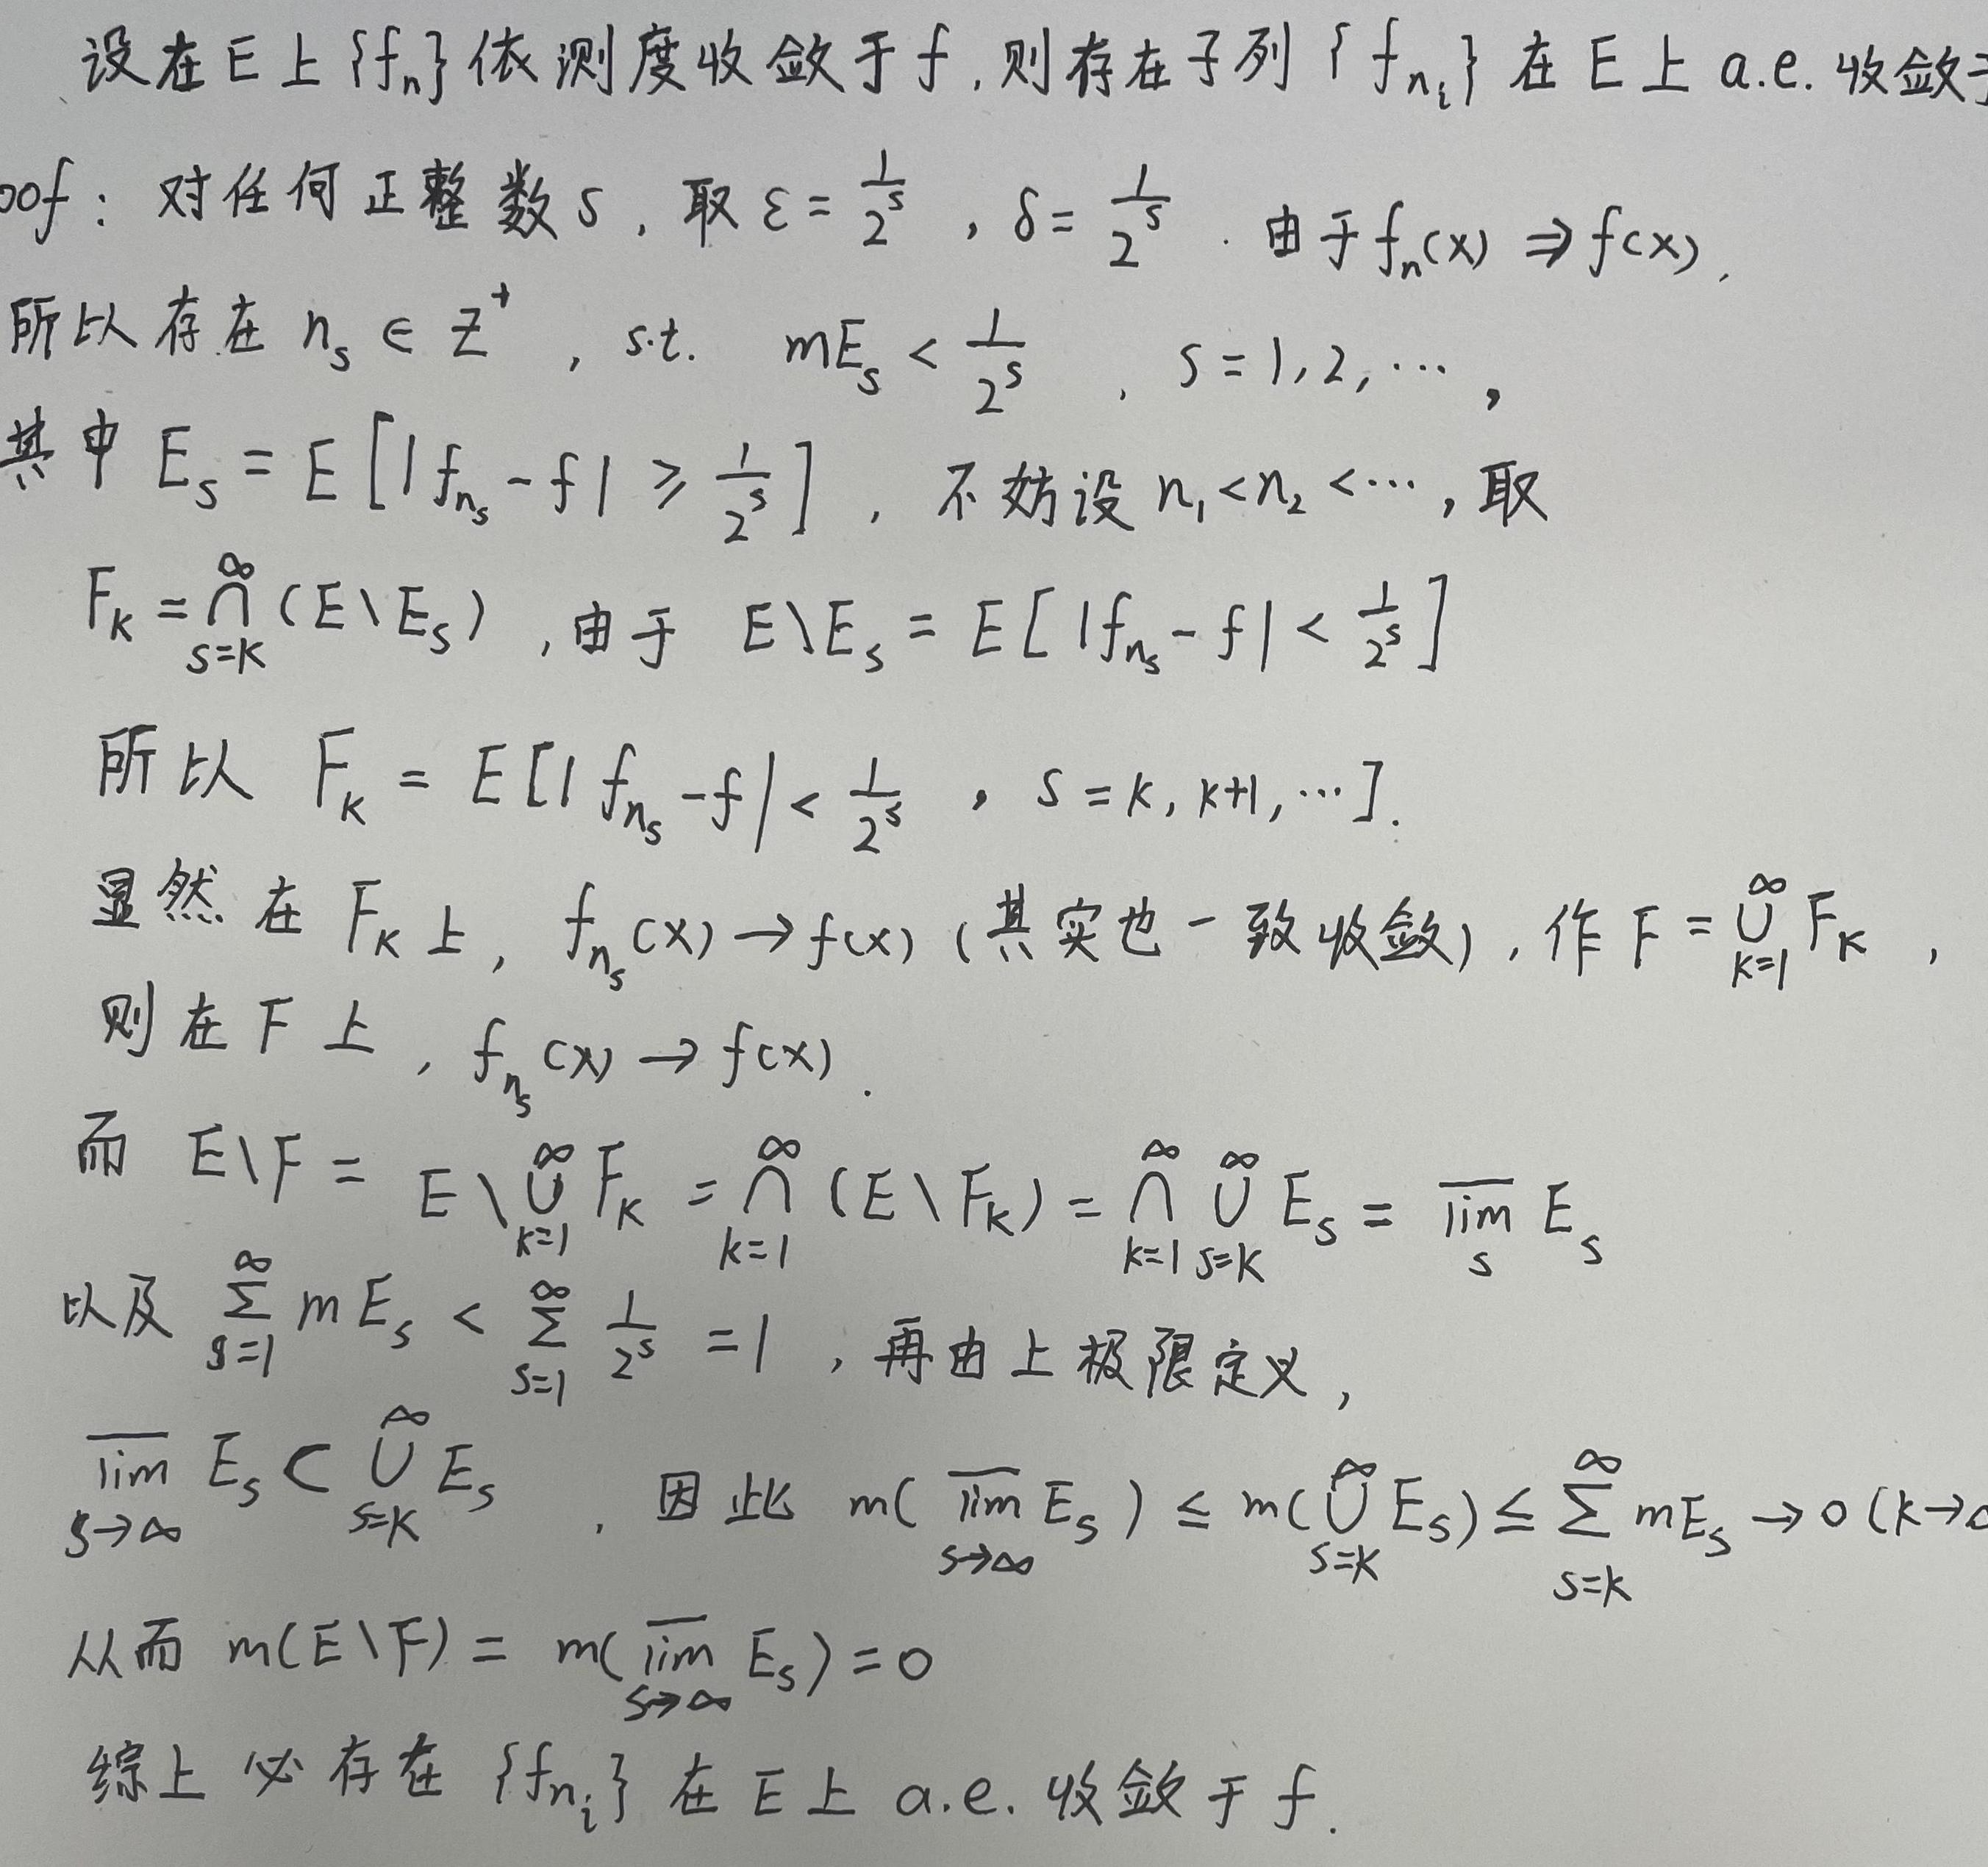
设在上$\{f_n\}$依测度收敛于$f$, 则存在子列$\{f_{n_i}\}$在上a.e.收敛于$f$.

**Proof**: 对任何正整数$s$, 取$\varepsilon = \frac{1}{2^s}$, $\delta=\frac{1}{2^s}$. 由于$f_n(x)\overset{\mu}{\to}f(x)$, 所以存在$n_s\in\mathbb{Z}^+$, s.t. $mE_s<\frac{1}{2^s}$, $s = 1,2,\cdots$, 其中$E_s = E\left[|f_{n_s}-f|\geqslant\frac{1}{2^s}\right]$, 不妨设$n_1 < n_2<\cdots$, 取

$F_k=\bigcap_{s = k}^{\infty}(E\setminus E_s)$, 由于$E\setminus E_s=E\left[|f_{n_s}-f|<\frac{1}{2^s}\right]$

所以$F_k = E\left[|f_{n_s}-f|<\frac{1}{2^s},s = k,k + 1,\cdots\right]$.

显然在$F_k$上, $f_{n_s}(x)\to f(x)$ (其实也一致收敛), 作$F=\bigcup_{k = 1}^{\infty}F_k$, 则在$F$上, $f_{n_s}(x)\to f(x)$.

而$E\setminus F=E\setminus\bigcup_{k = 1}^{\infty}F_k=\bigcap_{k = 1}^{\infty}(E\setminus F_k)=\bigcap_{k = 1}^{\infty}\bigcup_{s = k}^{\infty}E_s=\varlimsup_{s}E_s$

以及$\sum_{s = 1}^{\infty}mE_s<\sum_{s = 1}^{\infty}\frac{1}{2^s}=1$, 再由上极限定义,

$\varlimsup_{s\to\infty}E_s\subset\bigcup_{s = k}^{\infty}E_s$, 因此$m(\varlimsup_{s\to\infty}E_s)\leqslant m(\bigcup_{s = k}^{\infty}E_s)\leqslant\sum_{s = k}^{\infty}mE_s\to0(k\to\infty)$

从而$m(E\setminus F)=m(\varlimsup_{s\to\infty}E_s)=0$

综上必存在$\{f_{n_i}\}$在上a.e.收敛于$f$.